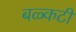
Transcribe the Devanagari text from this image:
बळ्कटी